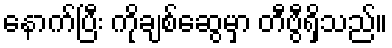
နောက်ပြီး ကိုချစ်ဆွေမှာ တီဗွီရှိသည်။